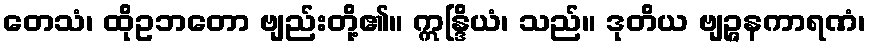
တေသံ၊ ထိုဥဘတော ဗျည်းတို့၏။ ဣန္ဒြိယံ၊ သည်။ ဒုတိယ ဗျဉ္ဇနကာရဏံ၊